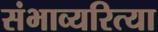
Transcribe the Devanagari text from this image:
संभाव्यरित्या